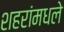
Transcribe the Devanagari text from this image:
शहरांमधले